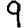
Digit: 9